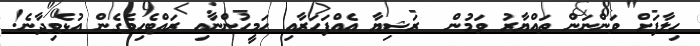
ހިލާފަށް ވަންނަން ތައްޔާރު ވަމުން  ރަޝިޔާ އެއްފަހަރާއި ހަމީހުންނާއި ރައްޓެހިވެގެން އުޅެވިދާނެ!